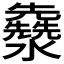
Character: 𤄳